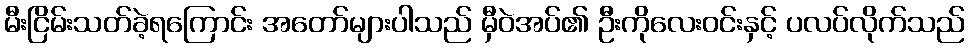
မီးငြိမ်းသတ်ခဲ့ရကြောင်း အတော်များပါသည် မှီဝဲအပ်၏ ဦးကိုလေးဝင်းနှင့် ပလပ်လိုက်သည်